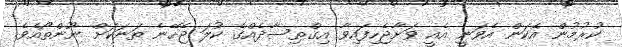
ކުރުމުން އެކަން އެވަނީ އެއީ ވަށާޖެހިފައިވާ އިގްތިސާދެއްގެ ކުލަ ޖެހޭނެ ތަނަކަށް ނޫންތޯއެވެ.